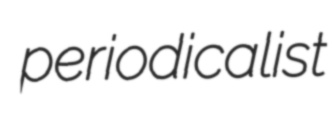
periodicalist